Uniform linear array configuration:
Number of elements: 24
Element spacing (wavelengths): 1
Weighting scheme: uniform
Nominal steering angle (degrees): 15
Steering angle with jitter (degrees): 15.57
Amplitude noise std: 0.05
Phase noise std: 0.05

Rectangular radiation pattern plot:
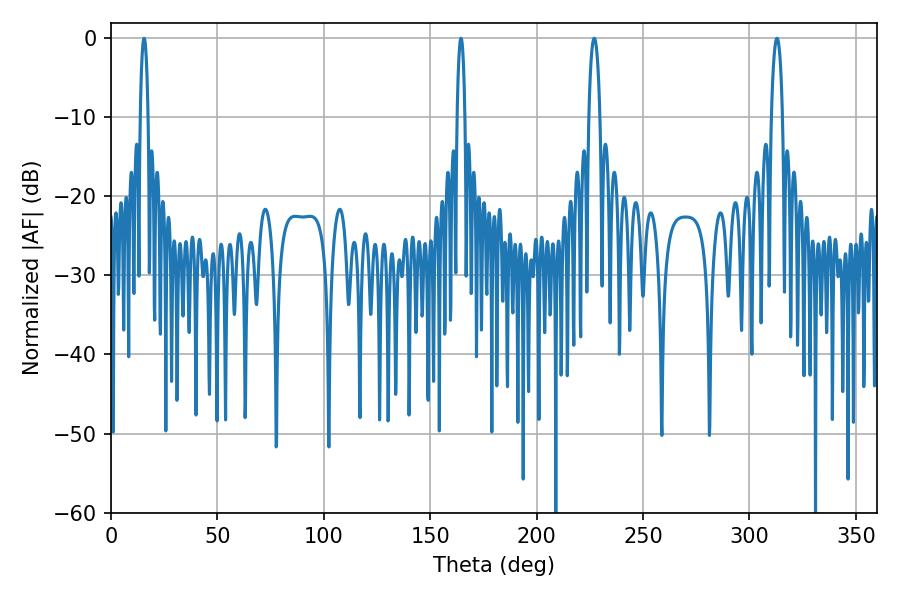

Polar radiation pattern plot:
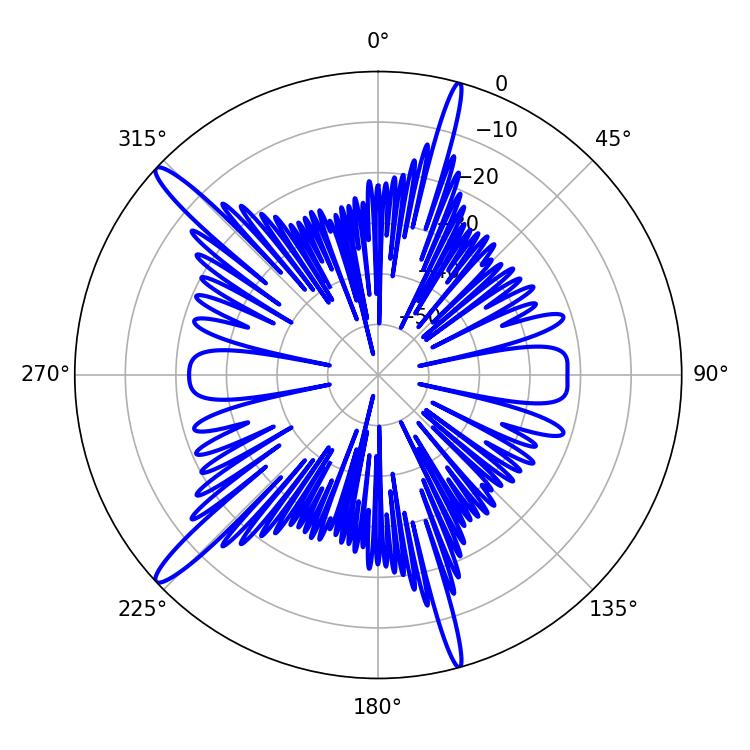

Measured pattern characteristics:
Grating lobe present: TRUE
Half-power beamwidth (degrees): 3.06
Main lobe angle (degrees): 226.98